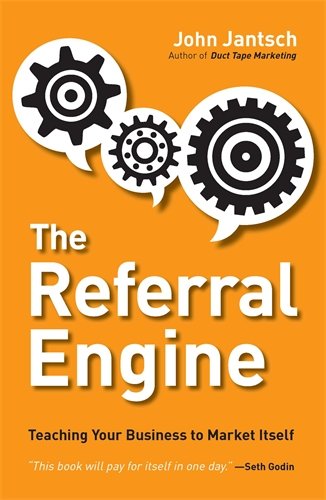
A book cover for The Referral Engine: Teaching Your Business to Market Itself; John Jantsch; Business & Money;